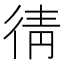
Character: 𭛯